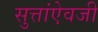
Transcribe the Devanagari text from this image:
सुत्तांऐवजी